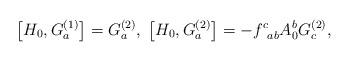
\begin{align*}\left[ H_0,G_a^{(1)}\right] =G_a^{(2)},\;\left[ H_0,G_a^{(2)}\right]=-f_{\;\;ab}^cA_0^bG_c^{(2)},\end{align*}